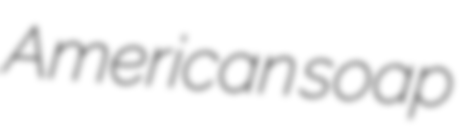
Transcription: American soap